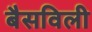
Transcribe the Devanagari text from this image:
बैसविली